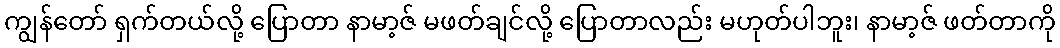
ကျွန်တော် ရှက်တယ်လို့ ပြောတာ နာမာ့ဇ် မဖတ်ချင်လို့ ပြောတာလည်း မဟုတ်ပါဘူး၊ နာမာ့ဇ် ဖတ်တာကို